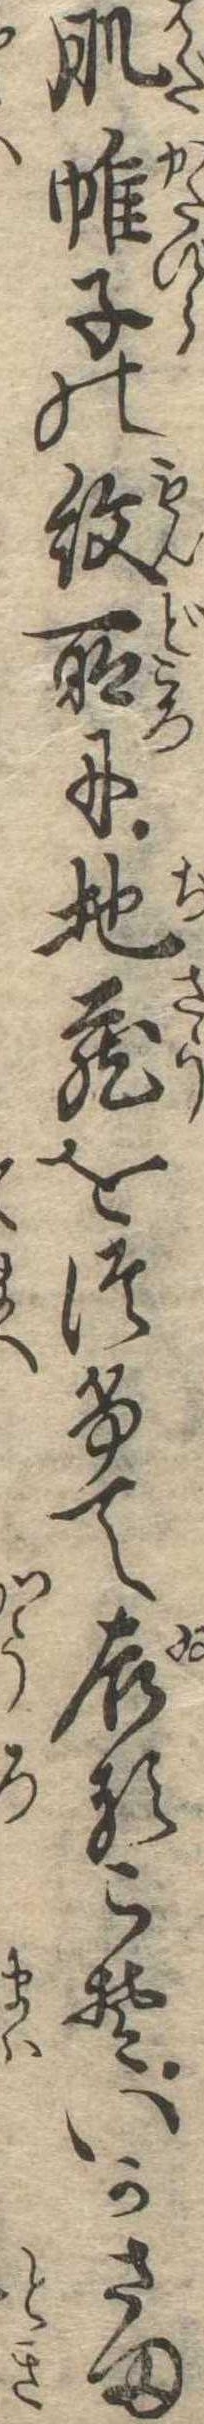
肌帷子の紋所に地蔵をつけて居るこそいかさま